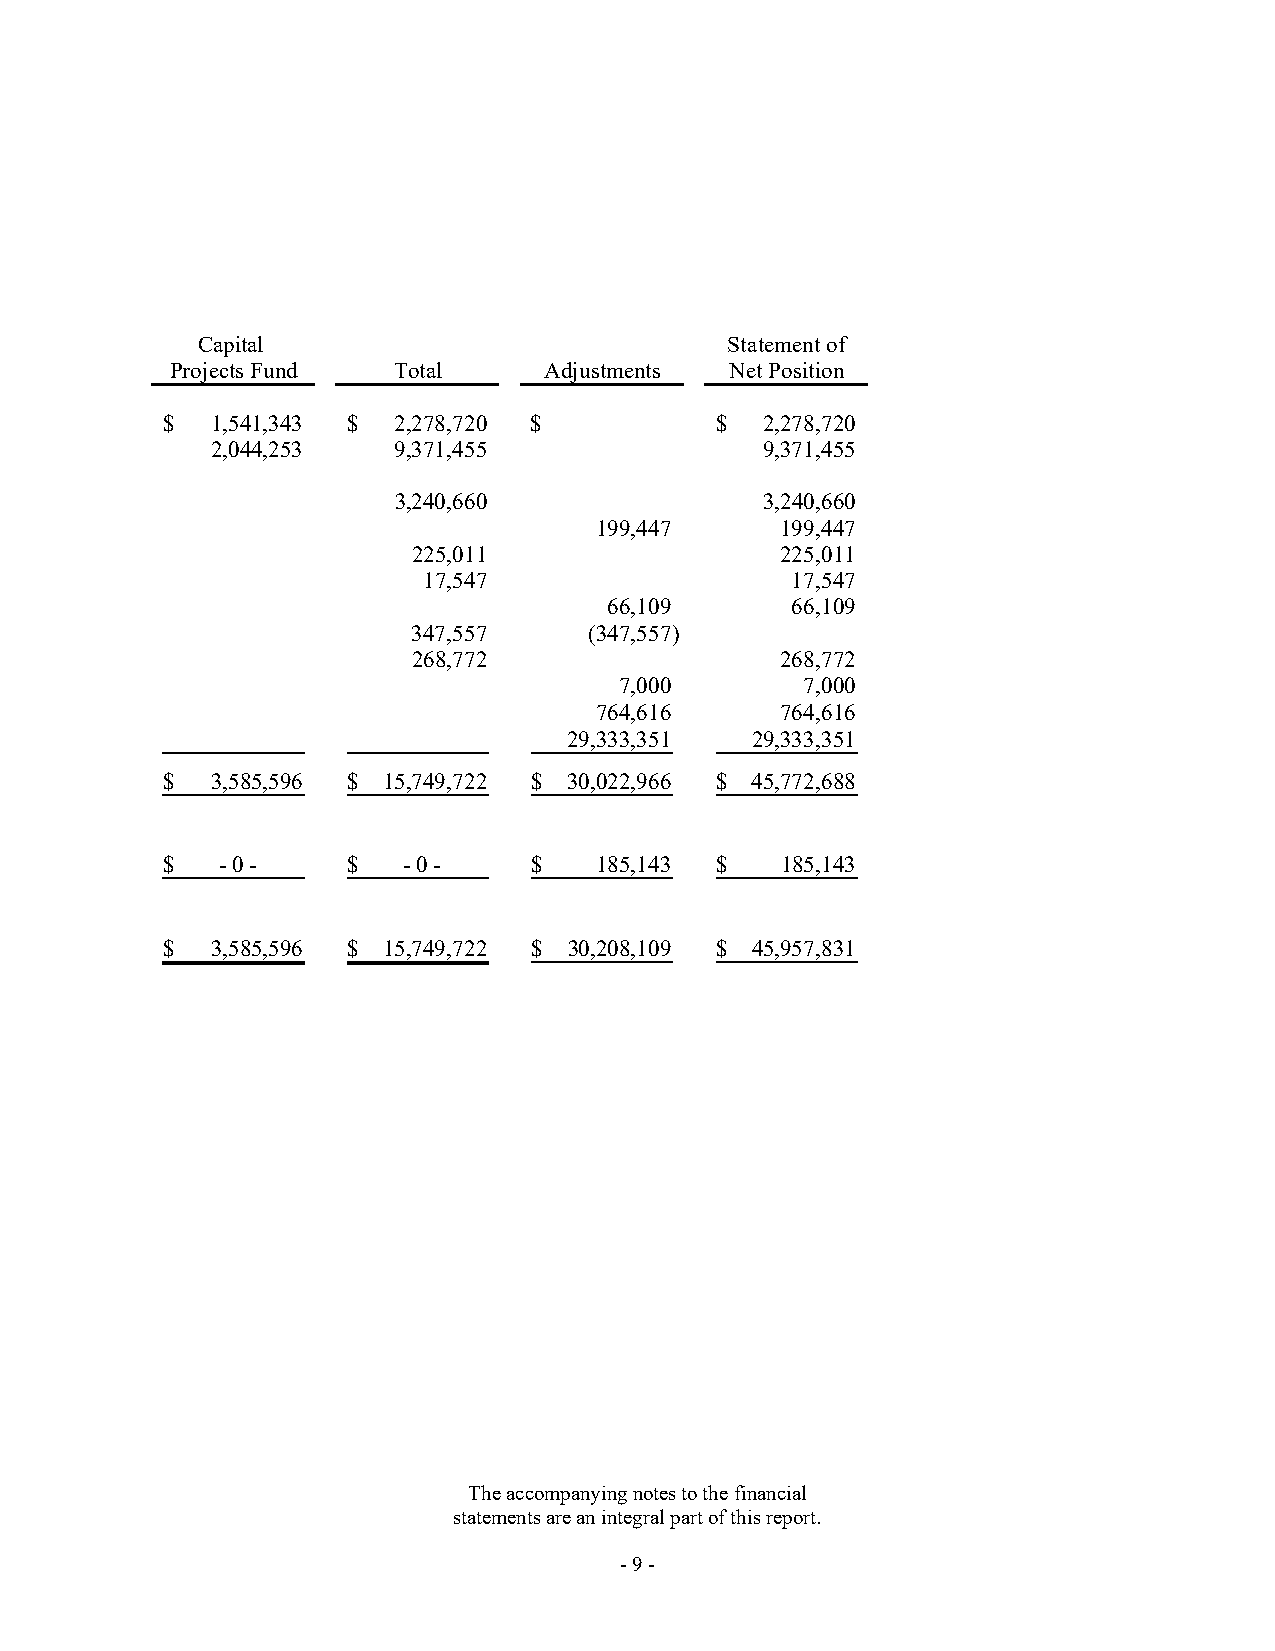
Capital                            Statement of
 Projects Fund  Total     Adjustments Net Position
 $  1,541,343 $ 2,278,720 $          $   2,278,720
 2,044,253   9,371,455                9,371,455
 3,240,660                3,240,660
 199,447     199,447
 225,011                  225,011
 17,547                  17,547
 66,109      66,109
 347,557     (347,557)
 268,772                  268,772
 7,000       7,000
 764,616     764,616
 29,333,351  29,333,351
 $  3,585,596 $ 15,749,722 $ 30,022,966 $ 45,772,688
 $   - 0 -   $   - 0 -   $    185,143 $   185,143
 $  3,585,596 $ 15,749,722 $ 30,208,109 $ 45,957,831
 The accompanying notes to the financial
 statements are an integral part of this report.
 - 9 -